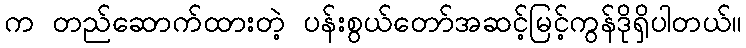
က တည်ဆောက်ထားတဲ့ ပန်းစွယ်တော်အဆင့်မြင့်ကွန်ဒိုရှိပါတယ်။